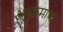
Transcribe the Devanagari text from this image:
अनुक्रमाचा